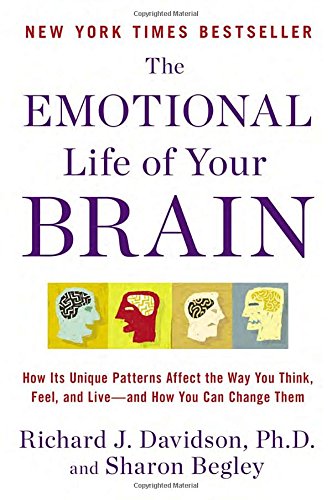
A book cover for The Emotional Life of Your Brain: How Its Unique Patterns Affect the Way You Think, Feel, and Live--and How You Can Change Them; Richard J. Davidson; Science & Math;